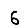
Digit: 6